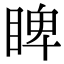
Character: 睥